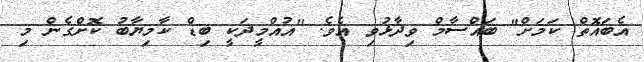
އެބައޮތް ކަމަށް" ބައްސާމް ވިދާޅުވި އެވެ. "އުއްމީދަކީ ބިޑް ކާމިޔާބު ކޮށްގެން މި